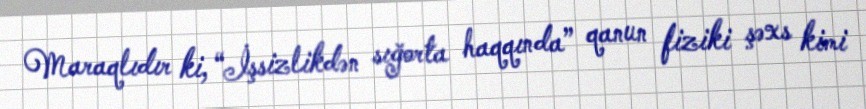
Maraqlıdır ki, “İşsizlikdən sığorta haqqında” qanun fiziki şəxs kimi